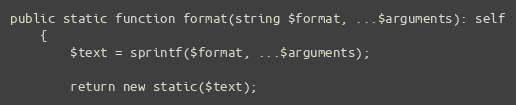
Language: PHP
public static function format(string $format, ...$arguments): self
    {
        $text = sprintf($format, ...$arguments);

        return new static($text);